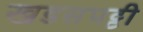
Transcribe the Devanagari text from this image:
खडसपट्टी